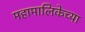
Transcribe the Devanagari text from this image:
महामालिकेच्या